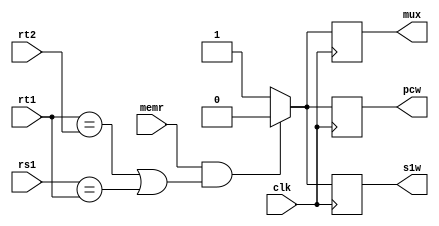
module hazard( pcw, s1w, mux, rs1, rt1, rt2, memr, clk);
	
	input [4:0] rs1;
	input [4:0] rt1;
	input [4:0] rt2;
	input memr;
	input clk;
	
	output pcw;
	output s1w;
	output mux;
	
	
	reg pcw;
	reg s1w;
	reg mux;
	
	wire [4:0] rs1;
	wire [4:0] rt1;
	wire [4:0] rt2;
	wire memr;
	wire clk;
	
	always @ (posedge clk)
		begin
			if (memr == 1 && (rt1 == rt2 || rs1 == rt1))
				begin
					pcw <= 1'b0;
					s1w <= 1'b0;
					mux <= 1'b0;
				end
			else
				begin
					pcw <= 1'b1;
					s1w <= 1'b1;
					mux <= 1'b1;
				end
		end
endmodule